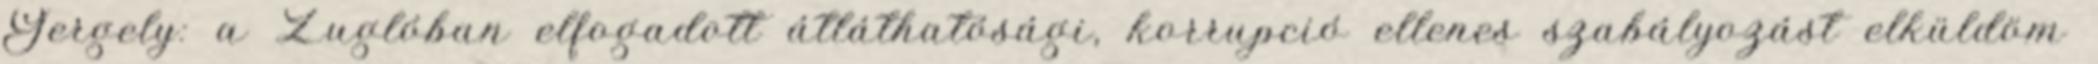
Gergely: a Zuglóban elfogadott átláthatósági, korrupció ellenes szabályozást elküldöm